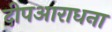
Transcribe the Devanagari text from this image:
दीपआराधना